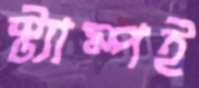
স্ট্যাম্পই